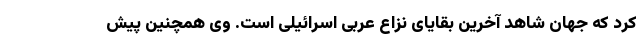
کرد که جهان شاهد آخرین بقایای نزاع عربی اسرائیلی است. وی همچنین پیش